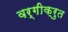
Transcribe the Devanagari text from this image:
वर्गीक्रुत